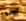
اماندا